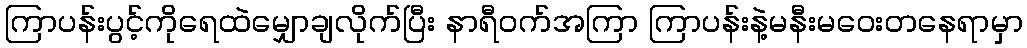
ကြာပန်းပွင့်ကိုရေထဲမျှောချလိုက်ပြီး နာရီဝက်အကြာ ကြာပန်းနဲ့မနီးမဝေးတနေရာမှာ